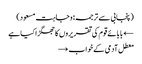
(پنجابی سے ترجمہ: وجاہت مسعود)
← بابائے قوم کی تقریروں کا جھگڑا کیا ہے
معطل آدمی کے خواب →